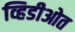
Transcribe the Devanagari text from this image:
व्हिडीओत